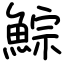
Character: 鯮